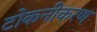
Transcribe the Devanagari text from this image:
टोकनीकरण